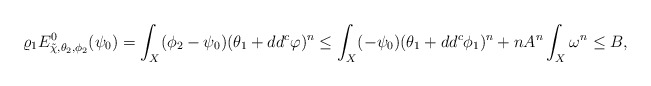
\begin{align*}\varrho_1 E^0_{\tilde{\chi}, \theta_2, \phi_2}(\psi_0)= \int_X(\phi_2-\psi_0)(\theta_1+dd^c\varphi)^n\leq\int_X(-\psi_0)(\theta_1+dd^c\phi_1)^n+nA^n\int_X\omega^n\leq B,\end{align*}